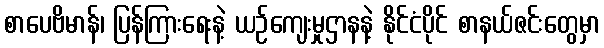
စာပေဗိမာန်၊ ပြန်ကြားရေးနဲ့ ယဉ်ကျေးမှုဌာနနဲ့ နိုင်ငံပိုင် စာနယ်ဇင်းတွေမှာ